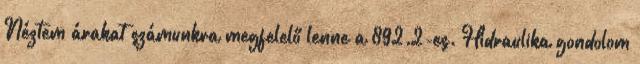
Néztem árakat számunkra megfelelő lenne a 892.2-es. Hidraulika gondolom